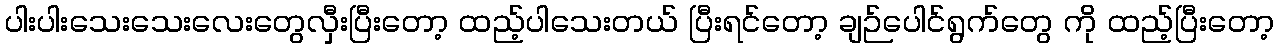
ပါးပါးသေးသေးလေးတွေလှီးပြီးတော့ ထည့်ပါသေးတယ် ပြီးရင်တော့ ချဉ်ပေါင်ရွက်တွေ ကို ထည့်ပြီးတော့